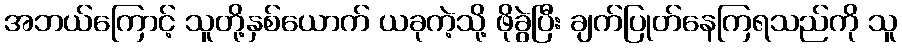
အဘယ်ကြောင့် သူတို့နှစ်ယောက် ယခုကဲ့သို့ ဖိုခွဲပြီး ချက်ပြုတ်နေကြရသည်ကို သူ